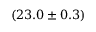
( 2 3 . 0 \pm 0 . 3 )